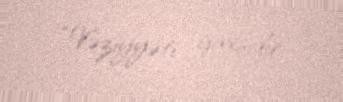
“Vəziyyəti yaxşıdır.